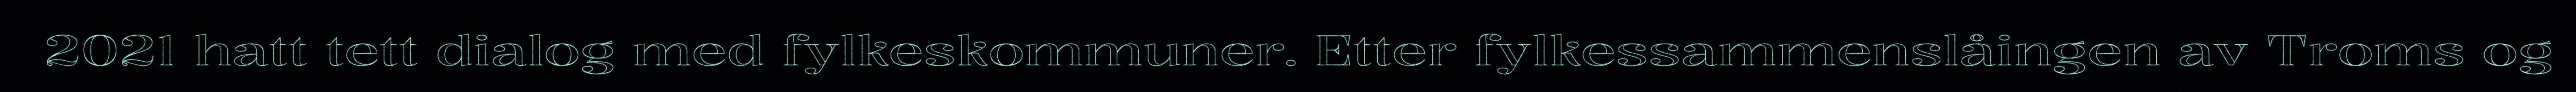
2021 hatt tett dialog med fylkeskommuner. Etter fylkessammenslåingen av Troms og